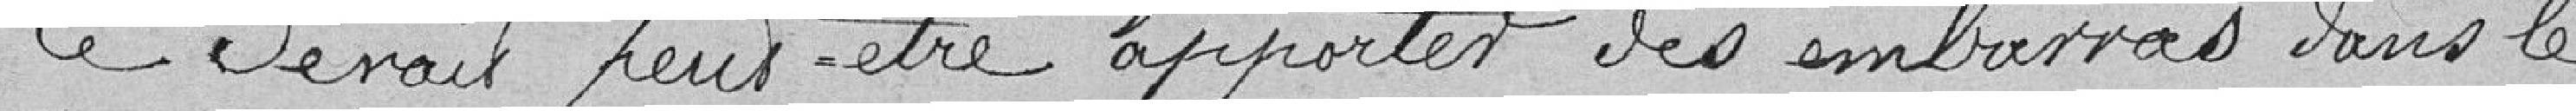
Ce serait peut être apporter des embarras dans le